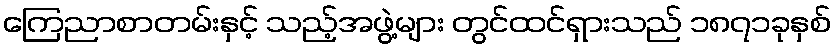
ကြေညာစာတမ်းနှင့် သည့်အဖွဲ့များ တွင်ထင်ရှားသည် ၁၈၇၁ခုနှစ်